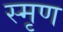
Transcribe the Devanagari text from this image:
स्मृण